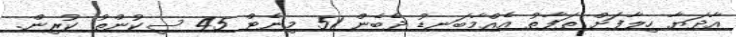
އާދަޔާ ހިލާފަށް ތަފާތު އެއްމާބަނޑު ދެބެން 51 މިނެޓް 45 ސިކުންތު ކުރިން.